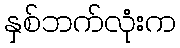
နှစ်ဘက်လုံးက